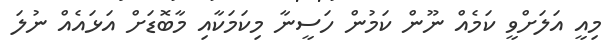
މިއީ އަލަށްވީ ކަމެއް ނޫން ކަމުން ހަސީނާ މިކަމަކާއި މާބޮޑަށް އަޅައެއް ނުލަ